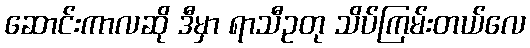
ဆောင်းကာလဆို ဒီမှာ ရာသီဥတု သိပ်ကြမ်းတယ်လေ